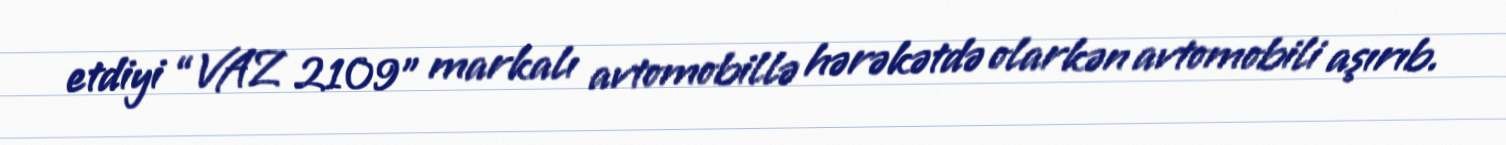
etdiyi “VAZ 2109” markalı avtomobillə hərəkətdə olarkən avtomobili aşırıb.